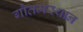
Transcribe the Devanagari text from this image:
गौतमस्थान